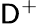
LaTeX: \mathsf{D}^{+}